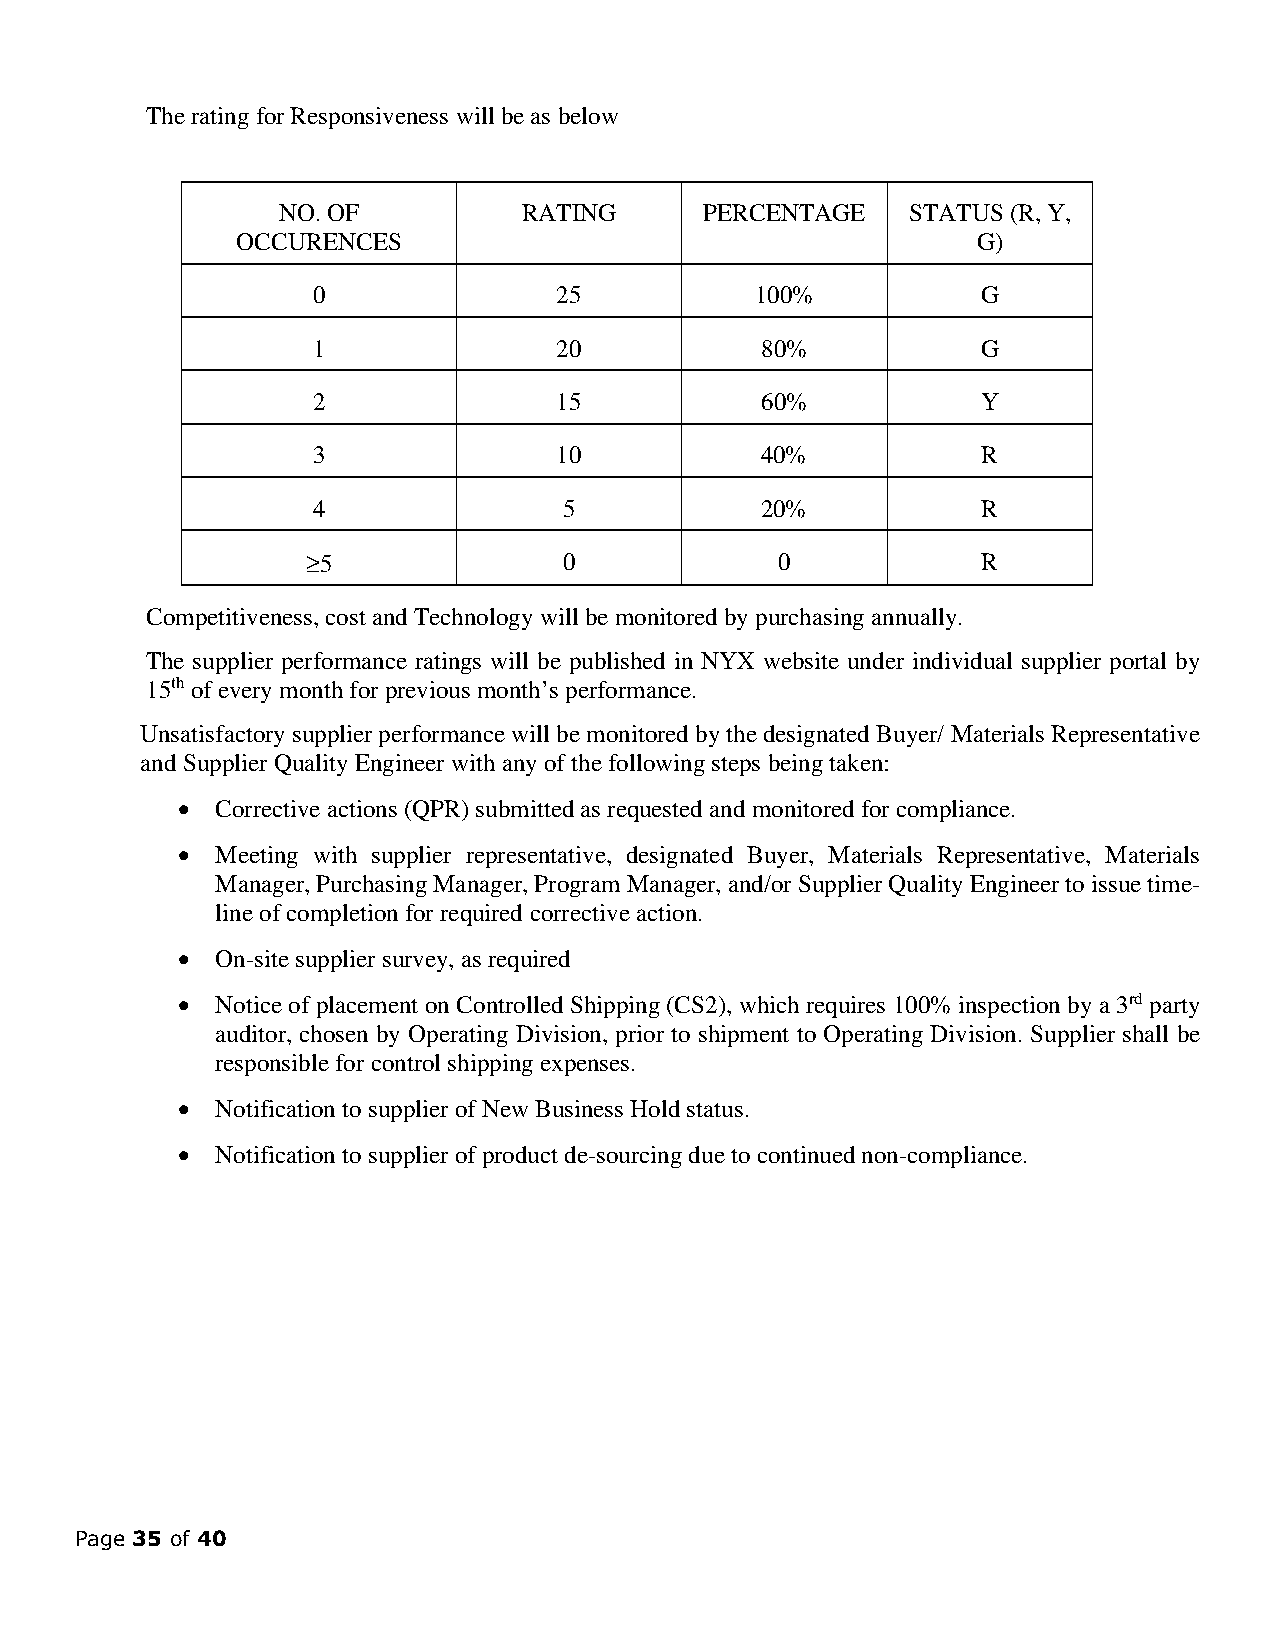
The rating for Responsiveness will be as below
 NO. OF           RATING      PERCENTAGE   STATUS (R, Y,
 OCCURENCES                                       G)
 0               25           100%           G
 1               20           80%            G
 2               15           60%            Y
 3               10           40%            R
 4               5            20%            R
 ‡ 5              0              0            R
 Competitiveness, cost and Technology will be monitored by purchasing annually.
 The supplier performance ratings will be published in NYX website under individual supplier portal by
 15th of every month for previous month’s performance.
 Unsatisfactory supplier performance will be monitored by the designated Buyer/ Materials Representative
 and Supplier Quality Engineer with any of the following steps being taken:
 • Corrective actions (QPR) submitted as requested and monitored for compliance.
 • Meeting with supplier representative, designated Buyer, Materials Representative, Materials
 Manager, Purchasing Manager, Program Manager, and/or Supplier Quality Engineer to issue time-
 line of completion for required corrective action.
 • On-site supplier survey, as required
 • Notice of placement on Controlled Shipping (CS2), which requires 100% inspection by a 3rd party
 auditor, chosen by Operating Division, prior to shipment to Operating Division. Supplier shall be
 responsible for control shipping expenses.
 • Notification to supplier of New Business Hold status.
 • Notification to supplier of product de-sourcing due to continued non-compliance.
 Page 35 of 40